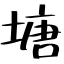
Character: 塘